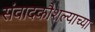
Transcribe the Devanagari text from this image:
संवादकौशल्याच्या